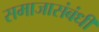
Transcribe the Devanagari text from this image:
समाजासंबंधी